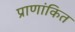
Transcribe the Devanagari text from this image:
प्राणांकित